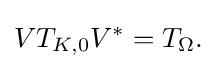
\displaystyle {VT_{K,0}V^{*}=T_{\Omega }.}